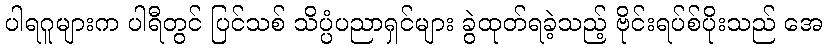
ပါရဂူများက ပါရီတွင် ပြင်သစ် သိပ္ပံပညာရှင်များ ခွဲထုတ်ရခဲ့သည့် ဗိုင်းရပ်စ်ပိုးသည် အေ